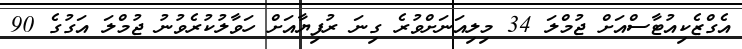
އެގްޒެކިއުޓާސްއަށް ޖުމްލަ 34 މިލިއަނަށްވުރެ ގިނަ ރުފިޔާއަށް ހަވާލުކުރެވުނު ޖުމްލަ އަގުގެ 90